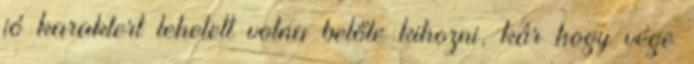
jó karaktert lehetett volna belőle kihozni, kár hogy vége